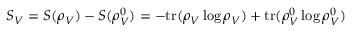
S _ { V } = S ( \rho _ { V } ) - S ( \rho _ { V } ^ { 0 } ) = - \mathrm { t r } ( \rho _ { V } \log \rho _ { V } ) + \mathrm { t r } ( \rho _ { V } ^ { 0 } \log \rho _ { V } ^ { 0 } )